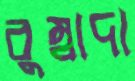
বুম্বাদা